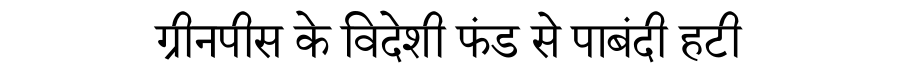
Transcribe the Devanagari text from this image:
ग्रीनपीस के विदेशी फंड से पाबंदी हटी